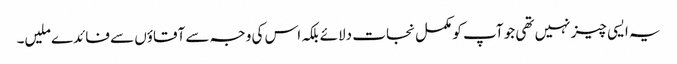
یہ ایسی چیز نہیں تھی جو آپ کو مکمل نجات دلائے بلکہ اس کی وجہ سے آقاؤں سے فائدے ملیں۔